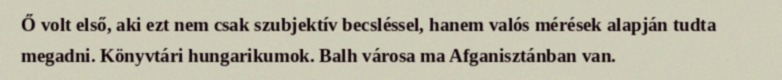
Ő volt első, aki ezt nem csak szubjektív becsléssel, hanem valós mérések alapján tudta megadni. Könyvtári hungarikumok. Balh városa ma Afganisztánban van.